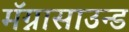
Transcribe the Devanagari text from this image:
मॅग्नासाउन्ड